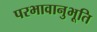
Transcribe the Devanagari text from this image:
परभावानुभूति